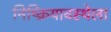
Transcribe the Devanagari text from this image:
निष्क्रियावस्थेला